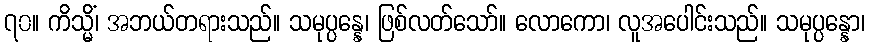
၇၀။ ကိသ္မိံ၊ အဘယ်တရားသည်။ သမုပ္ပန္နေ၊ ဖြစ်လတ်သော်။ လောကော၊ လူအပေါင်းသည်။ သမုပ္ပန္နော၊